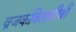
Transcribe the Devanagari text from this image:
व्रजकवितावीथी